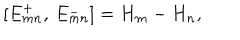
[ E _ { m n } ^ { + } , \, E _ { m n } ^ { - } ] = H _ { m } - H _ { n } ,